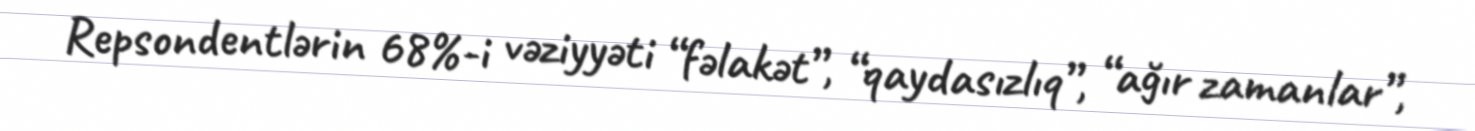
Repsondentlərin 68%-i vəziyyəti “fəlakət”, “qaydasızlıq”, “ağır zamanlar”,